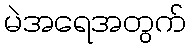
မဲအရေအတွက်